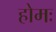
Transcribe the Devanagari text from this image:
होमः